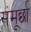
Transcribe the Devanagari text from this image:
संमूर्छा